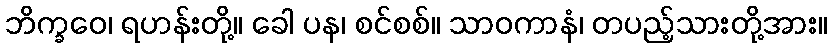
ဘိက္ခဝေ၊ ရဟန်းတို့။ ခေါ ပန၊ စင်စစ်။ သာဝကာနံ၊ တပည့်သားတို့အား။